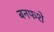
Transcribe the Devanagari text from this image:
बनफशे